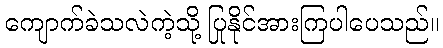
ကျောက်ခဲသလဲကဲ့သို့ ပြုနိုင်အားကြပါပေသည်။